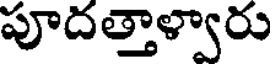
పూదత్తాళ్వారు